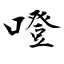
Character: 噔